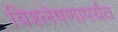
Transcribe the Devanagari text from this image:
विश्लेषणापर्यंत